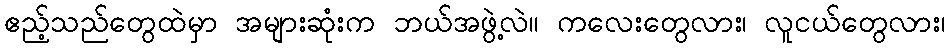
ဧည့်သည်တွေထဲမှာ အများဆုံးက ဘယ်အဖွဲ့လဲ။ ကလေးတွေလား၊ လူငယ်တွေလား၊